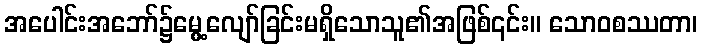
အပေါင်းအဘော်၌မွေ့လျော်ခြင်းမရှိသောသူ၏အဖြစ်၎င်း။ သောဝစဿတာ၊